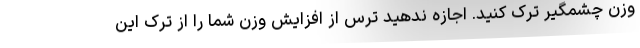
وزن چشمگیر ترک کنید. اجازه ندهید ترس از افزایش وزن شما را از ترک این